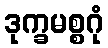
ဒုက္ခမစ္စဂုံ